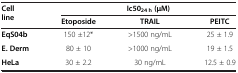
<table><thead><tr><td><b>Cell line</b></td><td colspan="3"><b>Ic50<sub>24 h </sub>(μM)</b></td></tr><tr><td><b> </b></td><td><b>Etoposide</b></td><td><b>TRAIL</b></td><td><b>PEITC</b></td></tr></thead><tbody><tr><td><b>EqS04b</b></td><td>150 ±12*</td><td>&gt;1500 ng/mL</td><td>25 ± 1.9</td></tr><tr><td><b>E. Derm</b></td><td>80 ± 10</td><td>&gt;1000 ng/mL</td><td>19 ± 1.5</td></tr><tr><td><b>HeLa</b></td><td>30 ± 2.2</td><td>30 ng/mL</td><td>12.5 ± 0.9</td></tr></tbody></table>